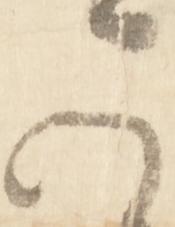
可